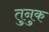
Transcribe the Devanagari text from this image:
तुनुक